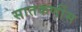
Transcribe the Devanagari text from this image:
सातकर्णीस